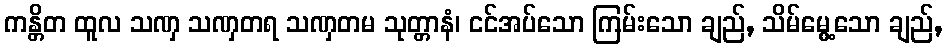
ကန္တိတ ထူလ သဏှ သဏှတရ သဏှတမ သုတ္တာနံ၊ ငင်အပ်သော ကြမ်းသော ချည်, သိမ်မွေ့သော ချည်,